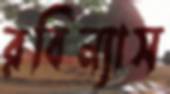
রবিন্যাস